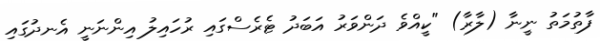
ފާތުމަތު ނީނާ (ލާރާ) "ކީއްވެ ދަންވަރު އަބަދު ޓެރެސްގައި ރުހައިލު އިންނަނީ އެނދުގައި